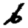
Digit: 6